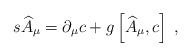
LaTeX: \begin{align*}s\widehat{A}_\mu =\partial _\mu c+g\left[ \widehat{A}_\mu ,c\right] \;,\end{align*}